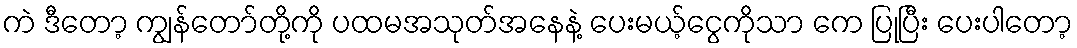
ကဲ ဒီတော့ ကျွန်တော်တို့ကို ပထမအသုတ်အနေနဲ့ ပေးမယ့်ငွေကိုသာ ကေ ပြုပြီး ပေးပါတော့